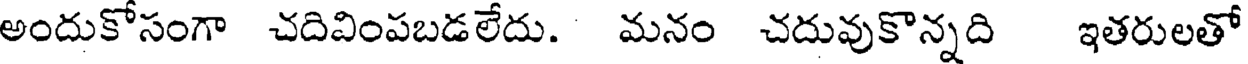
అందుకోసంగా చదివింపబడలేదు. మనం చదువుకొన్నది ఇతరులతో